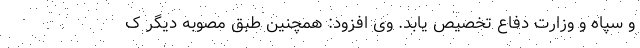
و سپاه و وزارت دفاع تخصیص یابد. وی افزود: همچنین طبق مصوبه دیگر ک